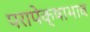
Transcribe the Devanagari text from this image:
परापेक्षाभाव